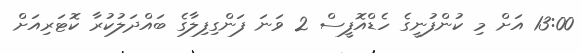
13:00 އަށް މި ކުންފުނީގެ ހެޑްއޮފީސް 2 ވަނަ ފަންގިފިލާގެ ބައްދަލުކުރާ ކޮޓަރިއަށް